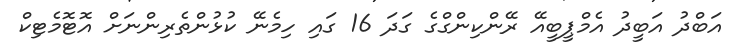
އަބްދު އަބީދު އެމްޕީބީއޭ ރޭންކިންގްގެ ގަދަ 16 ގައި ހިމެނޭ ކުޅުންތެރިންނަށް އޮޓޮމެޓިކް